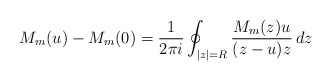
\begin{align*} M_m(u) - M_m(0) = \frac1{2\pi i} \oint_{|z|=R} \frac{M_m(z) u}{(z-u)z} \, dz\end{align*}